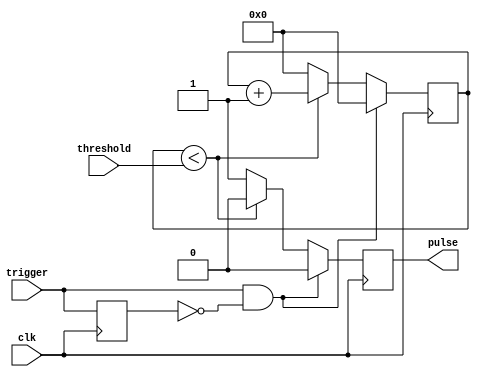
module one_shot_timer (
    input clk,
    input trigger,
    input [7:0] threshold,
    output reg pulse
);

reg [7:0] count;
reg trigger_reg;

always @(posedge clk) begin
    if (trigger && !trigger_reg) begin
        count <= 0;
        pulse <= 1'b0;
    end else if (count < threshold) begin
        count <= count + 1;
        pulse <= 1'b0;
    end else begin
        count <= 0;
        pulse <= 1'b1;
    end
    trigger_reg <= trigger;
end

endmodule